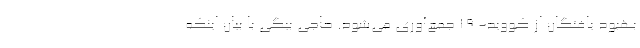
بهبود یافتگان از کووید- ۱۹ جمع‌آوری می‌شود. حاجی بیگی با بیان اینکه